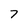
Character: 7